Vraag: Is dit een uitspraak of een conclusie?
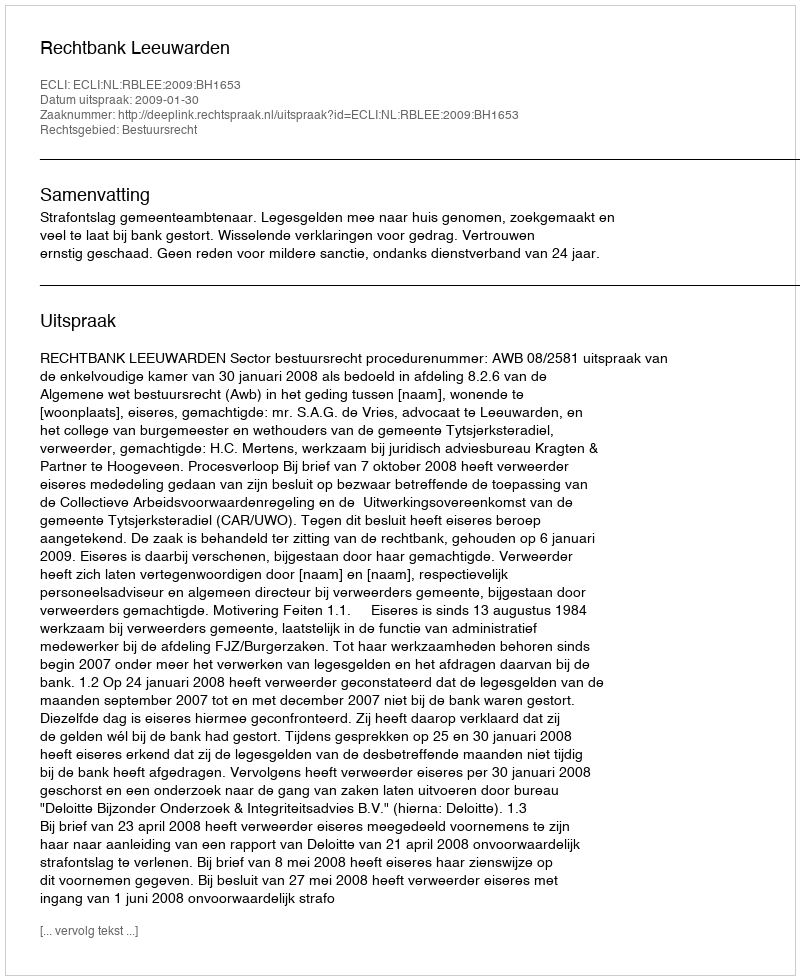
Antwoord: Uitspraak